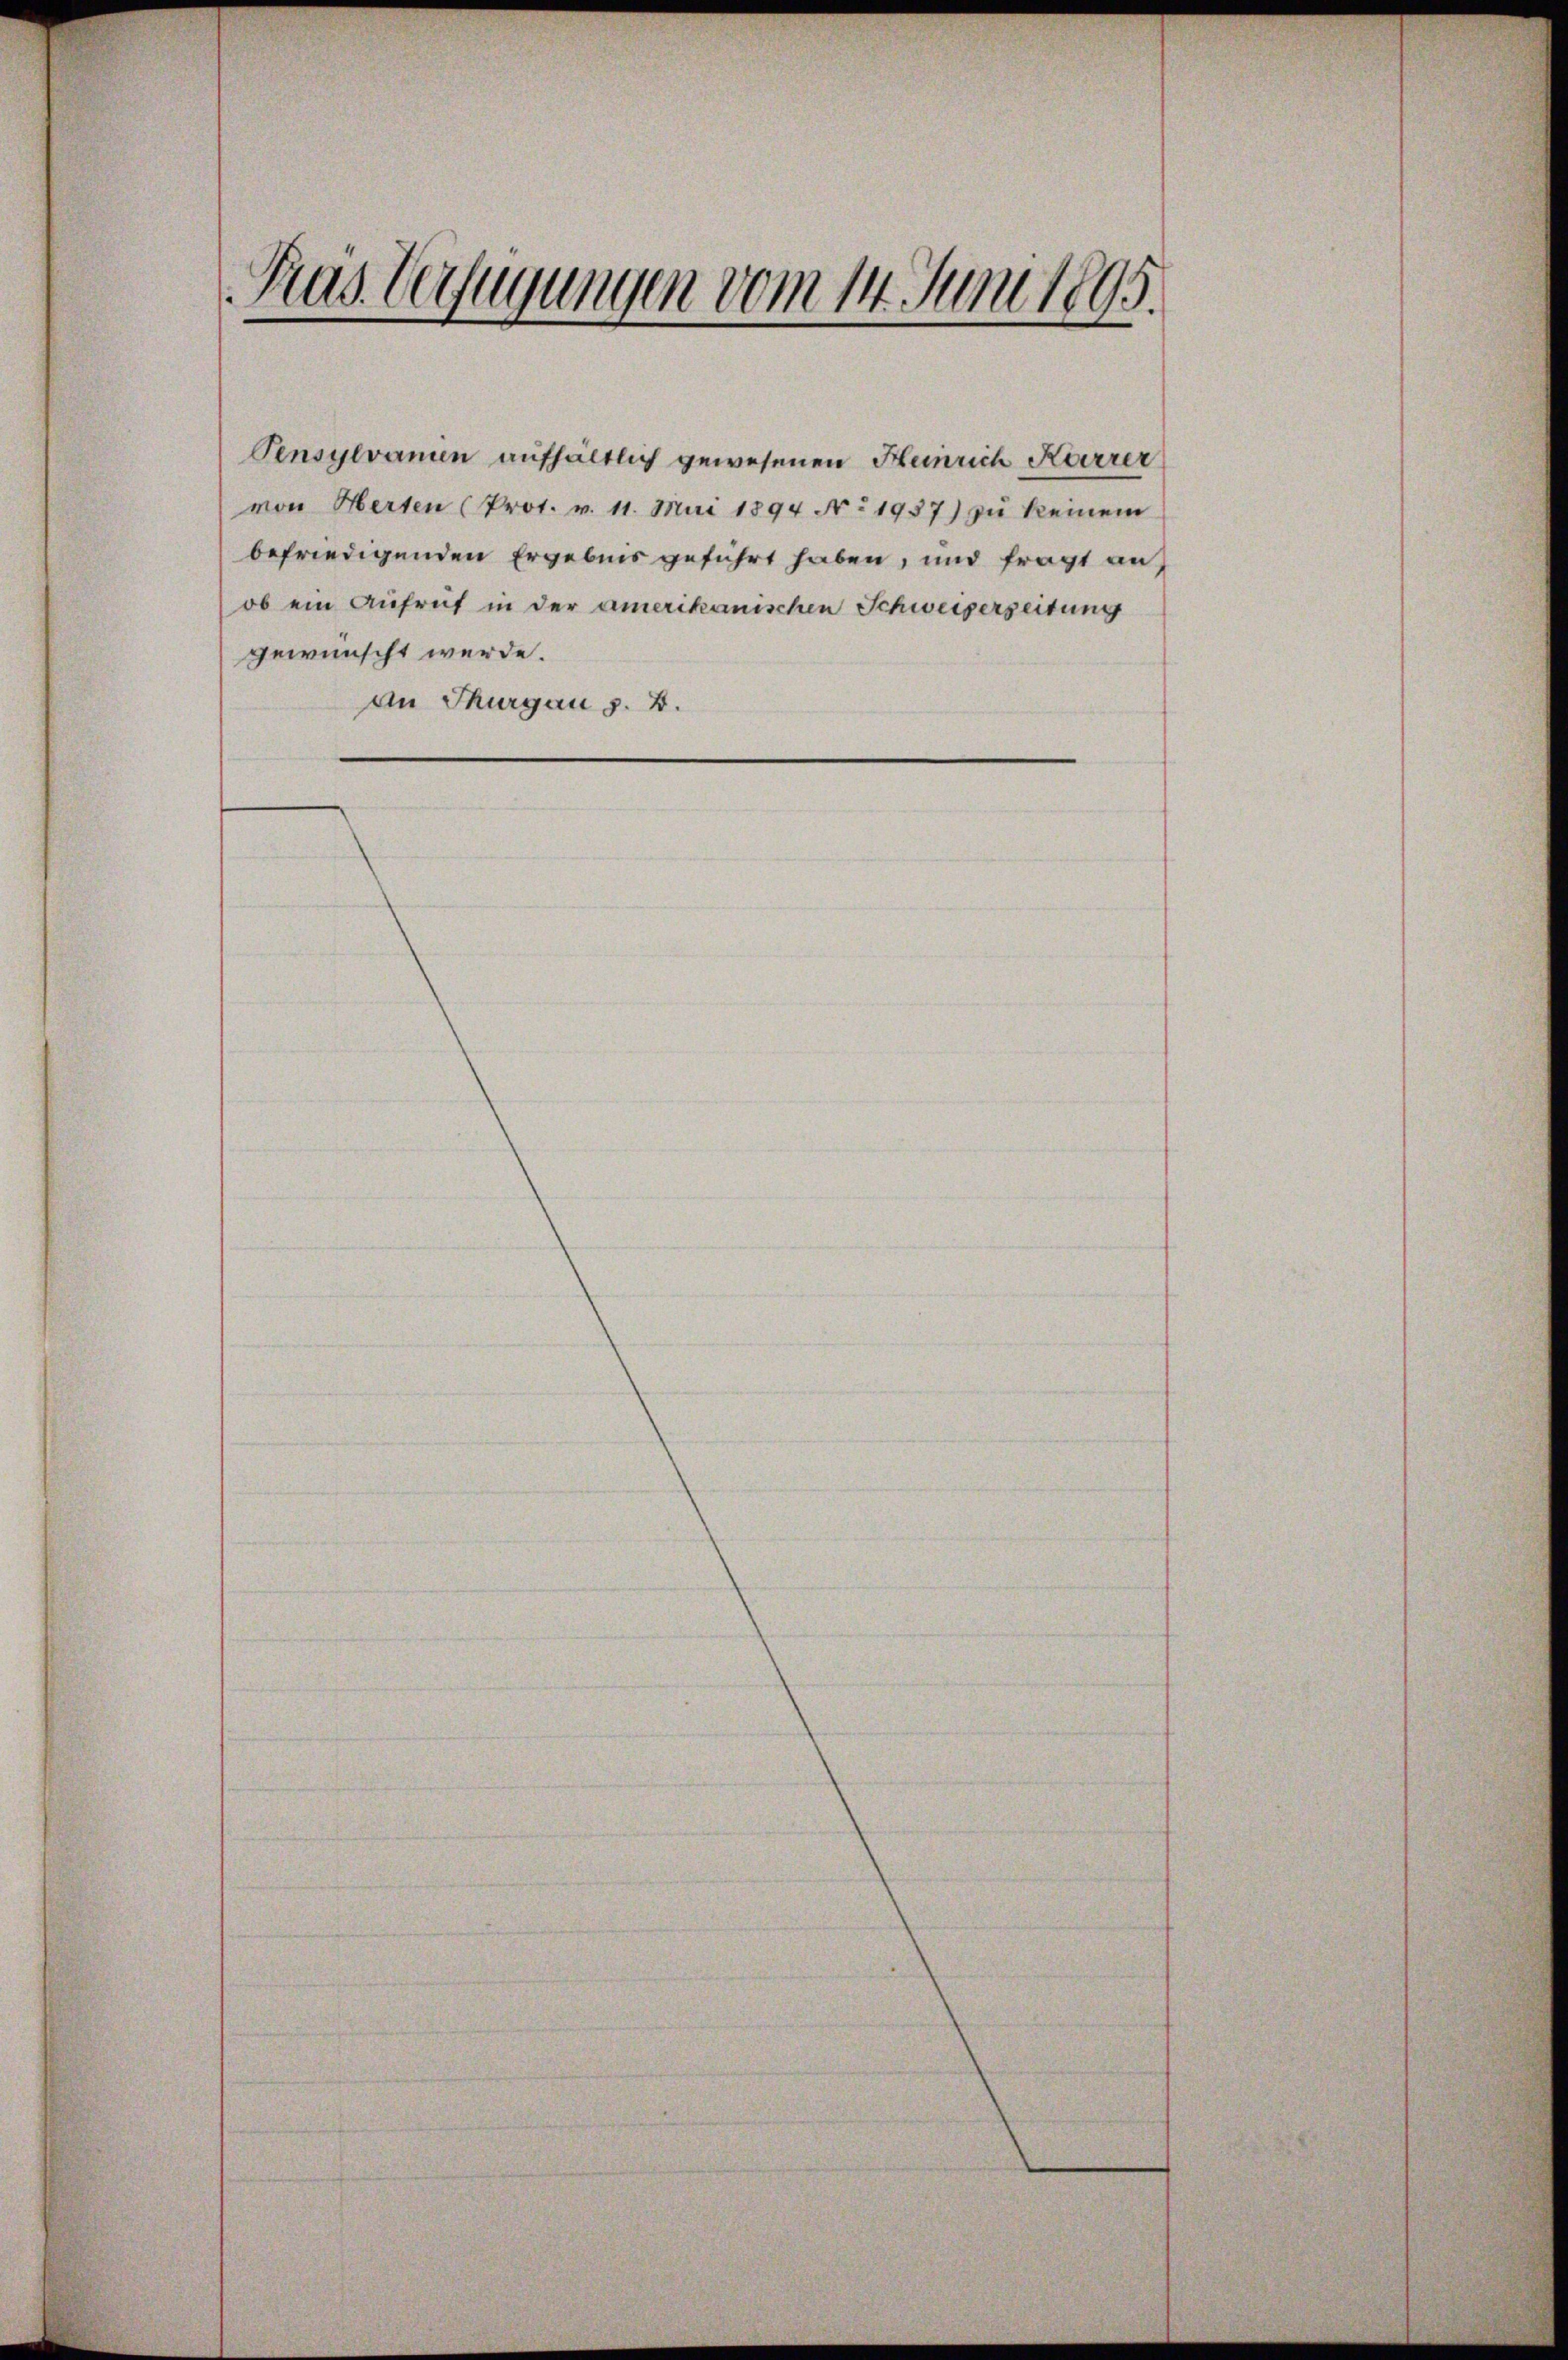
Pensylvanien aufhältlich gewesenen Heinrich Karrer
von Herten (Prot. v. 11. Mai 1894 N. 1937) zŭ keinem
befriedigenden Ergebnis geführt haben, und fragt auf
ob ein Aufruf in der amerikanischen Schweiserzeitung
gewünscht werde.
An Thurgau §. 2.

Gras Verfügungen vom 14. Juni 1895.